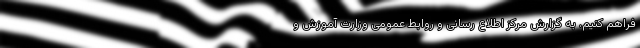
فراهم کنیم. به گزارش مرکز اطلاع رسانی و روابط عمومی وزارت آموزش و